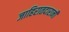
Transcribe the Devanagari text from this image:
जाहिरातदारानी